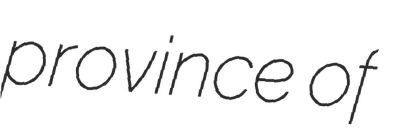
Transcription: province of